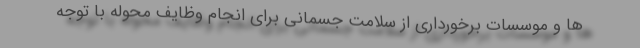
ها و موسسات برخورداری از سلامت جسمانی برای انجام وظایف محوله با توجه